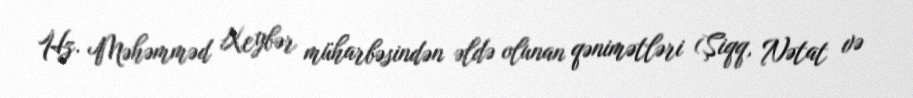
Hz. Məhəmməd Xeybər müharbəsindən əldə olunan qənimətləri (Şiqq, Nətat və